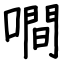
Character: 㗴